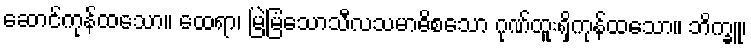
ဆောင်ကုန်ထသော။ ထေရာ၊ မြဲမြံသောသီလသမာဓိစသော ဂုဏ်ထူးရှိကုန်ထသော။ ဘိက္ခူ၊